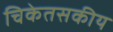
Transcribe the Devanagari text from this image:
चिकेतसकीय